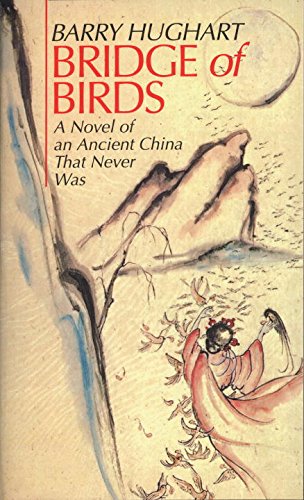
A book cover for Bridge of Birds: A Novel of an Ancient China That Never Was; Barry Hughart; Science Fiction & Fantasy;